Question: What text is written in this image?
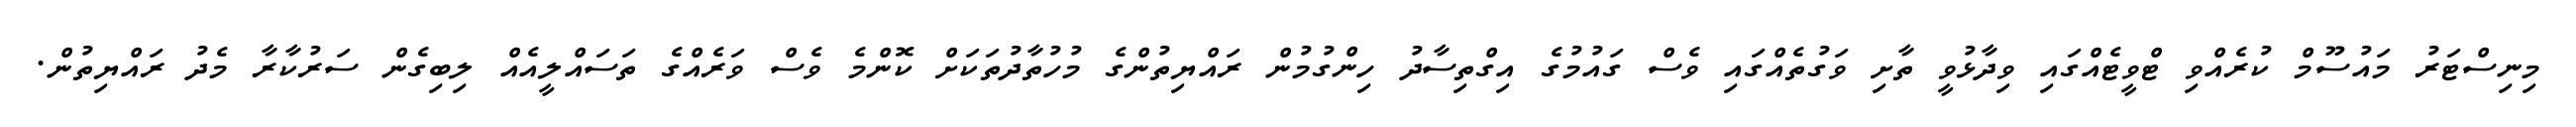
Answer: މިނިސްޓަރު މައުސޫމް ކުރެއްވި ޓްވީޓެއްގައި ވިދާޅުވީ ތާށި ވަގުތެއްގައި ވެސް ގައުމުގެ އިގްތިސާދު ހިންގުމުން ރައްޔިތުންގެ މުހުތާދުތަކަށް ކޮންމެ ވެސް ވަރެއްގެ ތަސައްލީއެއް ލިބިގެން ސަރުކާރާ މެދު ރައްޔިތުން.